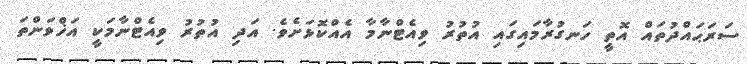
ސަރަޙައްދުތައް އޮތީ ހަނގުރާމައިގައި އުތުރު ވިއެޓްނާމާ އެއްކޮޅަށެވެ. އަދި އުތުރު ވިއެޓްނާމަކީ އަޚްވަންތަ